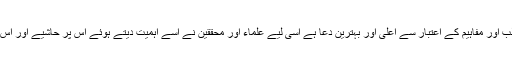
دُعائے ندبہ اپنے مطالب اور مفاہیم کے اعتبار سے اعلیٰ اور بہترین دعا ہے اسی لیے علماء اور محققین نے اسے اہمیت دیتے ہوئے اس پر حاشیے اور اس کی شرحیں لکھی ہیں۔